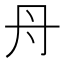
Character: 𮯱